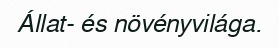
Állat- és növényvilága.